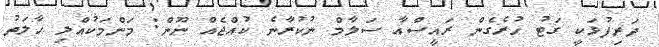
ދަރިފުޅަކީ ގަޓު ހުރެގެން ރައީސްއާ ސަލާމް ނުކުރާނެ ކުއްޖެއް ނޫން: މަންމަކުއްލި ހާލަތު